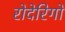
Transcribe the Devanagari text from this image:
रोदेरिगो